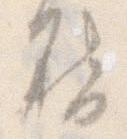
啓